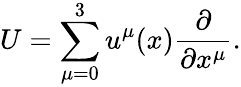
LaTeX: U=\sum_{\mu=0}^{3}u^{\mu}(x)\frac{\partial}{\partial x^{\mu}}.